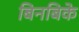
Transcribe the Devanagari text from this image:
बिनबिके